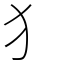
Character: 犭